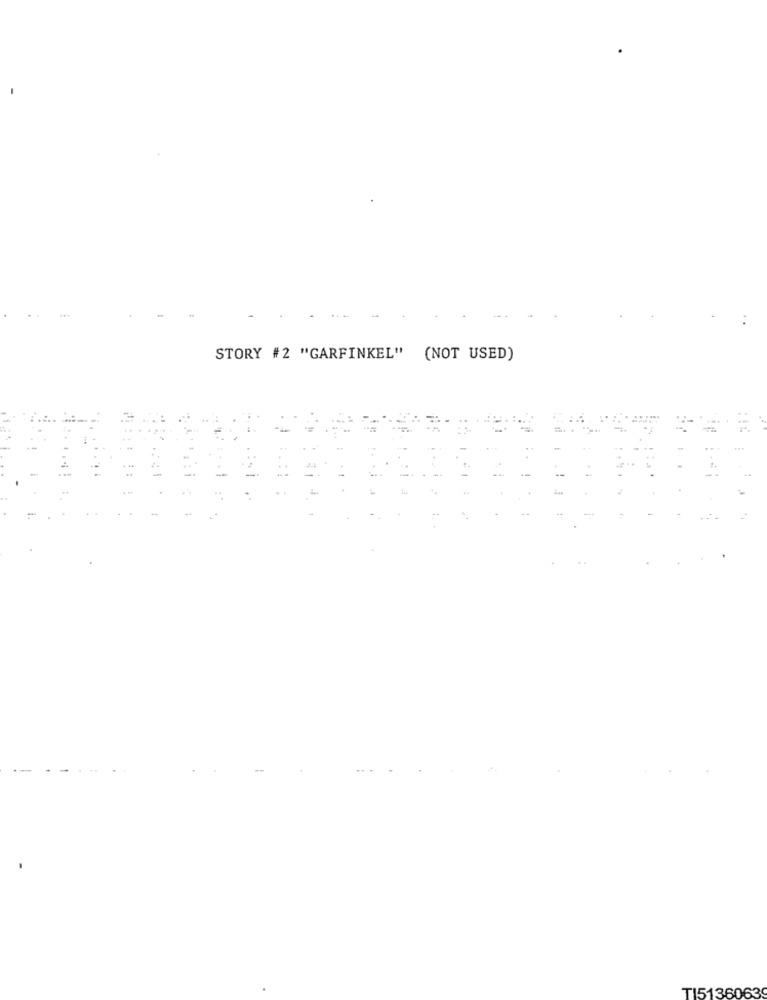
STORY #2 "GARFINKEL" (NOT USED)
TI51360639